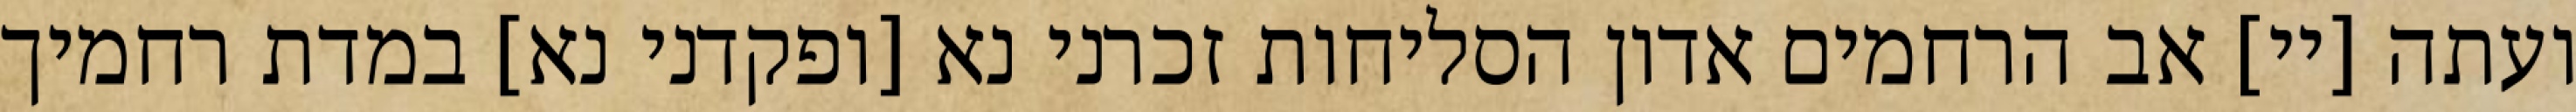
ועתה [יי] אב הרחמים אדון הסליחות זכרני נא [ופקדני נא] במדת רחמיך